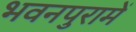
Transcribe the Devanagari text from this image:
भवनपुरामें